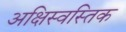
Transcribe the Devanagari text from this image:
अक्षिस्वस्तिक